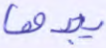
يبدها